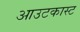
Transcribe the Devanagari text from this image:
आउटकास्ट